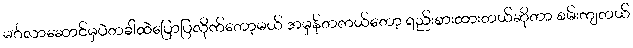
မင်္ဂလာဆောင်မှပဲတခါထဲပြောပြလိုက်တော့မယ် အမှန်တကယ်တော့ ရည်းစားထားတယ်ဆိုတာ စမ်းကျတယ်